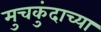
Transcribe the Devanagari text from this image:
मुचकुंदाच्या